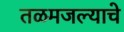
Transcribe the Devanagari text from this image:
तळमजल्याचे